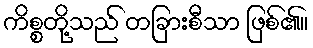
ကိစ္စတို့သည် တခြားစီသာ ဖြစ်၏။